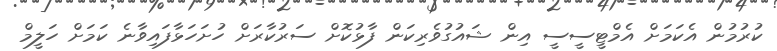
ކުރުމުން އެކަމަށް އެމްޓީސީސީ އިން ޝައުގުވެރިކަން ފާޅުކޮށް ސަރުކާރަށް ހުށަހަޅާފައިވާނެ ކަމަށް ހަލީމް